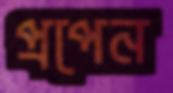
প্রপেন